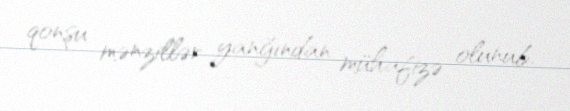
qonşu mənzillər yanğından mühafizə olunub.